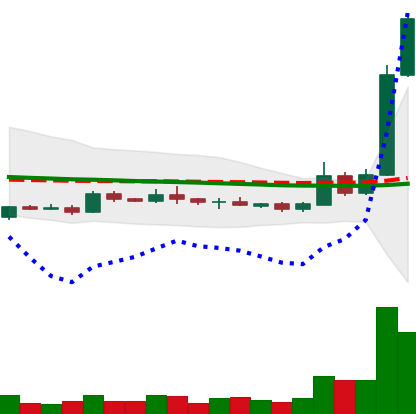
Ticker: XRP-USD
Chart end date: 2019-05-15
Forward return: -12.72%
Label: down_7plus